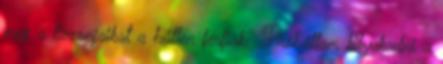
meg a liezonjaikat a hűtlen férfiak? Próbáltam kilyukadni a